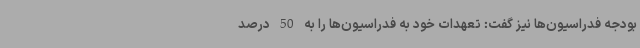
بودجه فدراسیون‌ها نیز گفت: تعهدات خود به فدراسیون‌ها را به 50 درصد